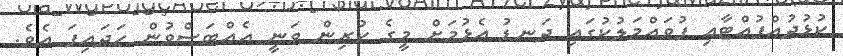
ކުޅުދުއްފުއްޓާއި ފުވައްމަލުކުގައި ދަނޑު އެޅުމަށް މީގެ ކުރިން ވަނީ އެއްބަސްވުން ހަދައިފަ އެވެ.